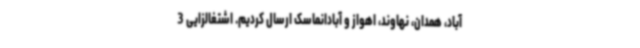
آباد، همدان، نهاوند، اهواز و آبادانماسک ارسال کردیم. اشتغالزایی 3